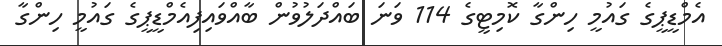
އެމްޑީޕީގެ ގައުމީ ހިންގާ ކޮމިޓީގެ 114 ވަނަ ބައްދަލުވުން ބާއްވައިފިއެމްޑީޕީގެ ގައުމީ ހިންގާ